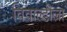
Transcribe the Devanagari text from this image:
विवाल्डीला